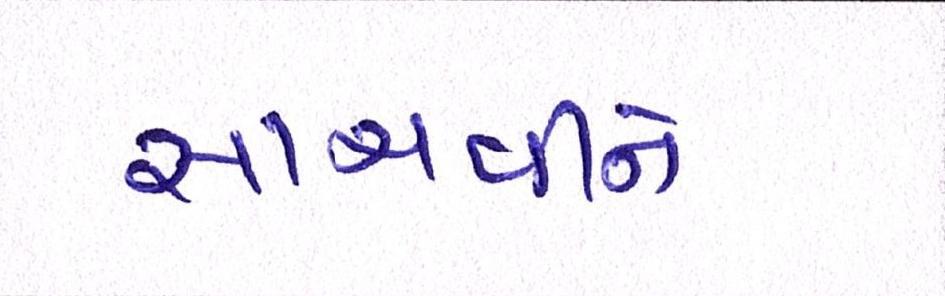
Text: સાચવીને